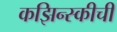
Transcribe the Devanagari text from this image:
कझिन्स्कीची